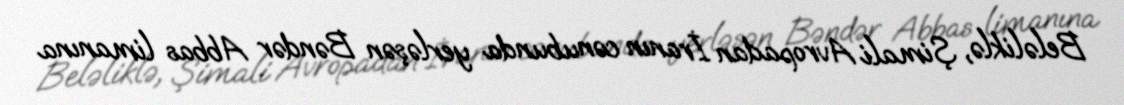
Beləliklə, Şimali Avropadan İranın cənubunda yerləşən Bəndər Abbas limanına